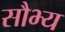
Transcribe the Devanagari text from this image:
सौभ्य